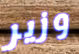
وزير